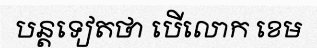
បន្តទៀតថា បើលោក ខេម